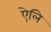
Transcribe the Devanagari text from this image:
ऐलि